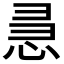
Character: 𭜵